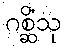
ဂစ္ဆိံသု